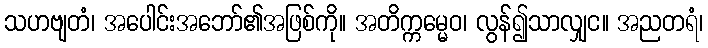
သဟဗျတံ၊ အပေါင်းအဘော်၏အဖြစ်ကို။ အတိက္ကမ္မေဝ၊ လွန်၍သာလျှင။ အညတရံ၊